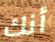
أنك